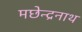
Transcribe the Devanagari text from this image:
मछेन्द्रनाथ